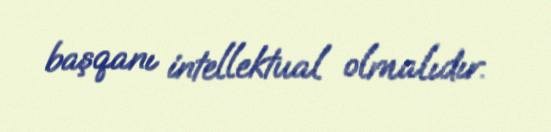
başqanı intellektual olmalıdır.